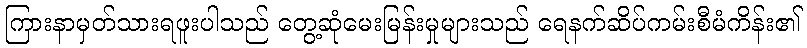
ကြားနာမှတ်သားရဖူးပါသည် တွေ့ဆုံမေးမြန်းမှုများသည် ရေနက်ဆိပ်ကမ်းစီမံကိန်း၏